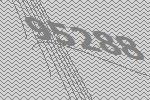
95288